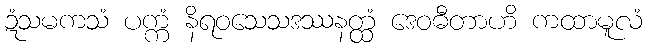
ဍံသမကသံ ပက္ကံ နိရဝသေသဒဿနတ္ထံ ဒေဝဓီတာဟိ ကထာမူလံ